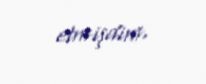
etmişdim.